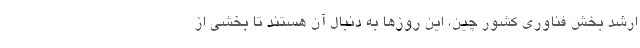
ارشد بخش فناوری کشور چین، این روزها به دنبال آن هستند تا بخشی از